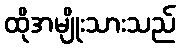
ထိုအမျိုးသားသည်